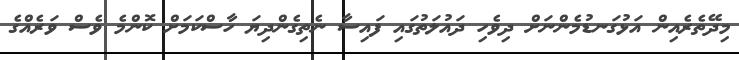
މިދޭތެރެއިން އަޅުގަނޑުމެންނަށް ދިވެހި ދައުލަތުގައި ފައިސާ ނެތިގެންދިޔަ ހާސްކަމަށް ކޮންމެ ވެސް ވަރެއްގެ